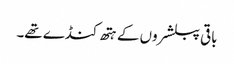
باقی پبلشروں کے ہتھ کنڈے تھے۔